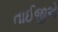
તાઈજીએ